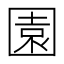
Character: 園